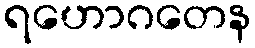
ရဟောဂတေန